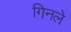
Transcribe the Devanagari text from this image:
गिनले